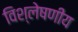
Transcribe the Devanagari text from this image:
विश्लेषणीय